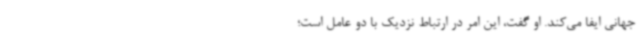
جهانی ایفا می‌کند. او گفت، این امر در ارتباط نزدیک با دو عامل است؛